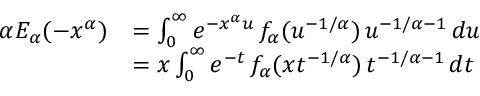
\begin{array} { r l } { \alpha E _ { \alpha } ( - x ^ { \alpha } ) } & { = \int _ { 0 } ^ { \infty } e ^ { - x ^ { \alpha } u } \, f _ { \alpha } ( u ^ { - 1 / \alpha } ) \, u ^ { - 1 / \alpha - 1 } \, d u } \\ & { = x \int _ { 0 } ^ { \infty } e ^ { - t } \, f _ { \alpha } ( x t ^ { - 1 / \alpha } ) \, t ^ { - 1 / \alpha - 1 } \, d t } \end{array}